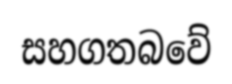
සහගතබවේ